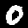
Digit: 0